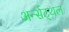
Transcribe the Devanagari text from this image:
अर्न्सट्थल